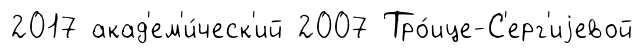
2017 акад'ем'и́ческ'ий 2007 Тро́ице-С'ерг'иjевой